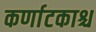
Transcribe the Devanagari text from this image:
कर्णाटकाश्च